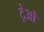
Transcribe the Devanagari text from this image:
ट्रेओ